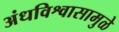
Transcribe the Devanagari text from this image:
अंधविश्वासामुळे